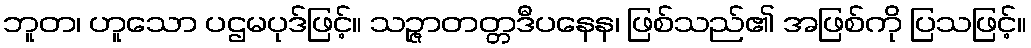
ဘူတ၊ ဟူသော ပဌမပုဒ်ဖြင့်။ သဉ္ဇာတတ္တဒီပနေန၊ ဖြစ်သည်၏ အဖြစ်ကို ပြသဖြင့်။